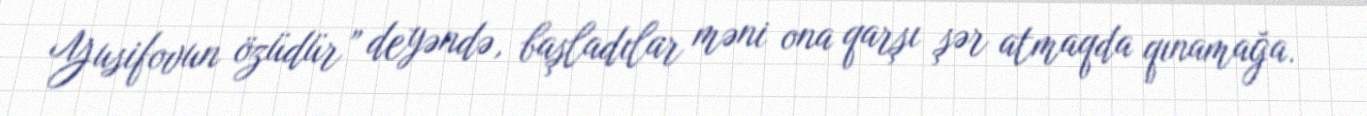
Yusifovun özüdür” deyəndə, başladılar məni ona qarşı şər atmaqda qınamağa.